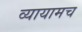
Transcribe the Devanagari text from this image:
व्यायामच